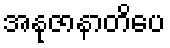
အနုဇာနာတိပေ